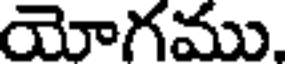
యోగము.